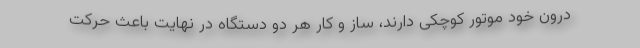
درون خود موتور کوچکی دارند، ساز و کار هر دو دستگاه در نهایت باعث حرکت